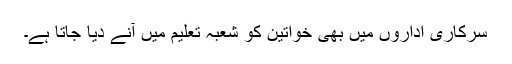
سرکاری اداروں میں بھی خواتین کو شعبہ تعلیم میں آنے دیا جاتا ہے۔